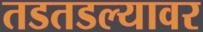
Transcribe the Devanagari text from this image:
तडतडल्यावर